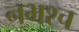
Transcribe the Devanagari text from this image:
नभश्च